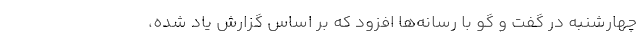
چهارشنبه در گفت و گو با رسانه‌ها افزود که بر اساس گزارش یاد شده،